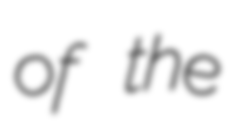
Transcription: of the